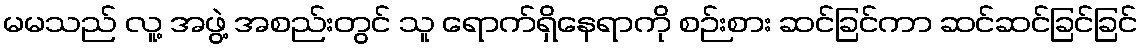
မမသည် လူ့ အဖွဲ့ အစည်းတွင် သူ ရောက်ရှိနေရာကို စဉ်းစား ဆင်ခြင်ကာ ဆင်ဆင်ခြင်ခြင်